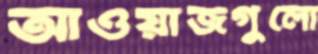
আওয়াজগুলো